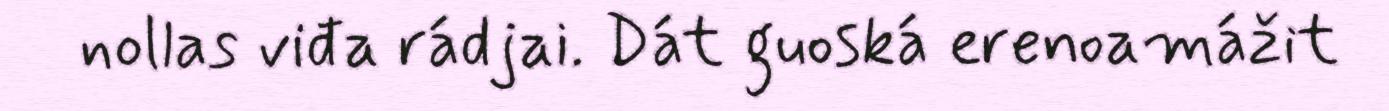
nollas viđa rádjai. Dát guoská erenoamážit